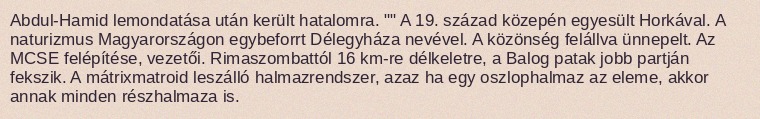
Abdul-Hamid lemondatása után került hatalomra. "" A 19. század közepén egyesült Horkával. A naturizmus Magyarországon egybeforrt Délegyháza nevével. A közönség felállva ünnepelt. Az MCSE felépítése, vezetői. Rimaszombattól 16 km-re délkeletre, a Balog patak jobb partján fekszik. A mátrixmatroid leszálló halmazrendszer, azaz ha egy oszlophalmaz az eleme, akkor annak minden részhalmaza is.